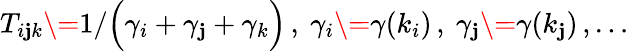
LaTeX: T_{i\mathbf{j}k}\={1}/\Big(\gamma_{i}+\gamma_{\mathbf{j}}+\gamma_{k}\Big)\, ,\ \gamma_{i}\={\gamma}(k_{i})\, ,\ \gamma_{\mathbf{j}}\={\gamma}(k_{\mathbf{j}})\, ,\dots